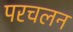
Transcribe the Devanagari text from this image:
परचलन